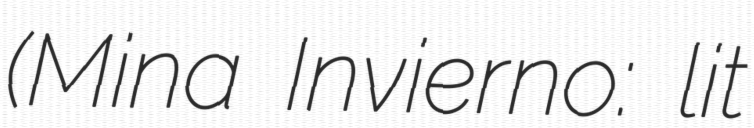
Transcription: (Mina Invierno: lit